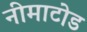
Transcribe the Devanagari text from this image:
नीमाटोड